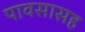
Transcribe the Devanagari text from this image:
पावसासह